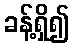
ခန့်ရှိ၍